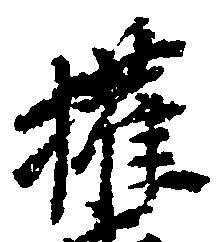
権